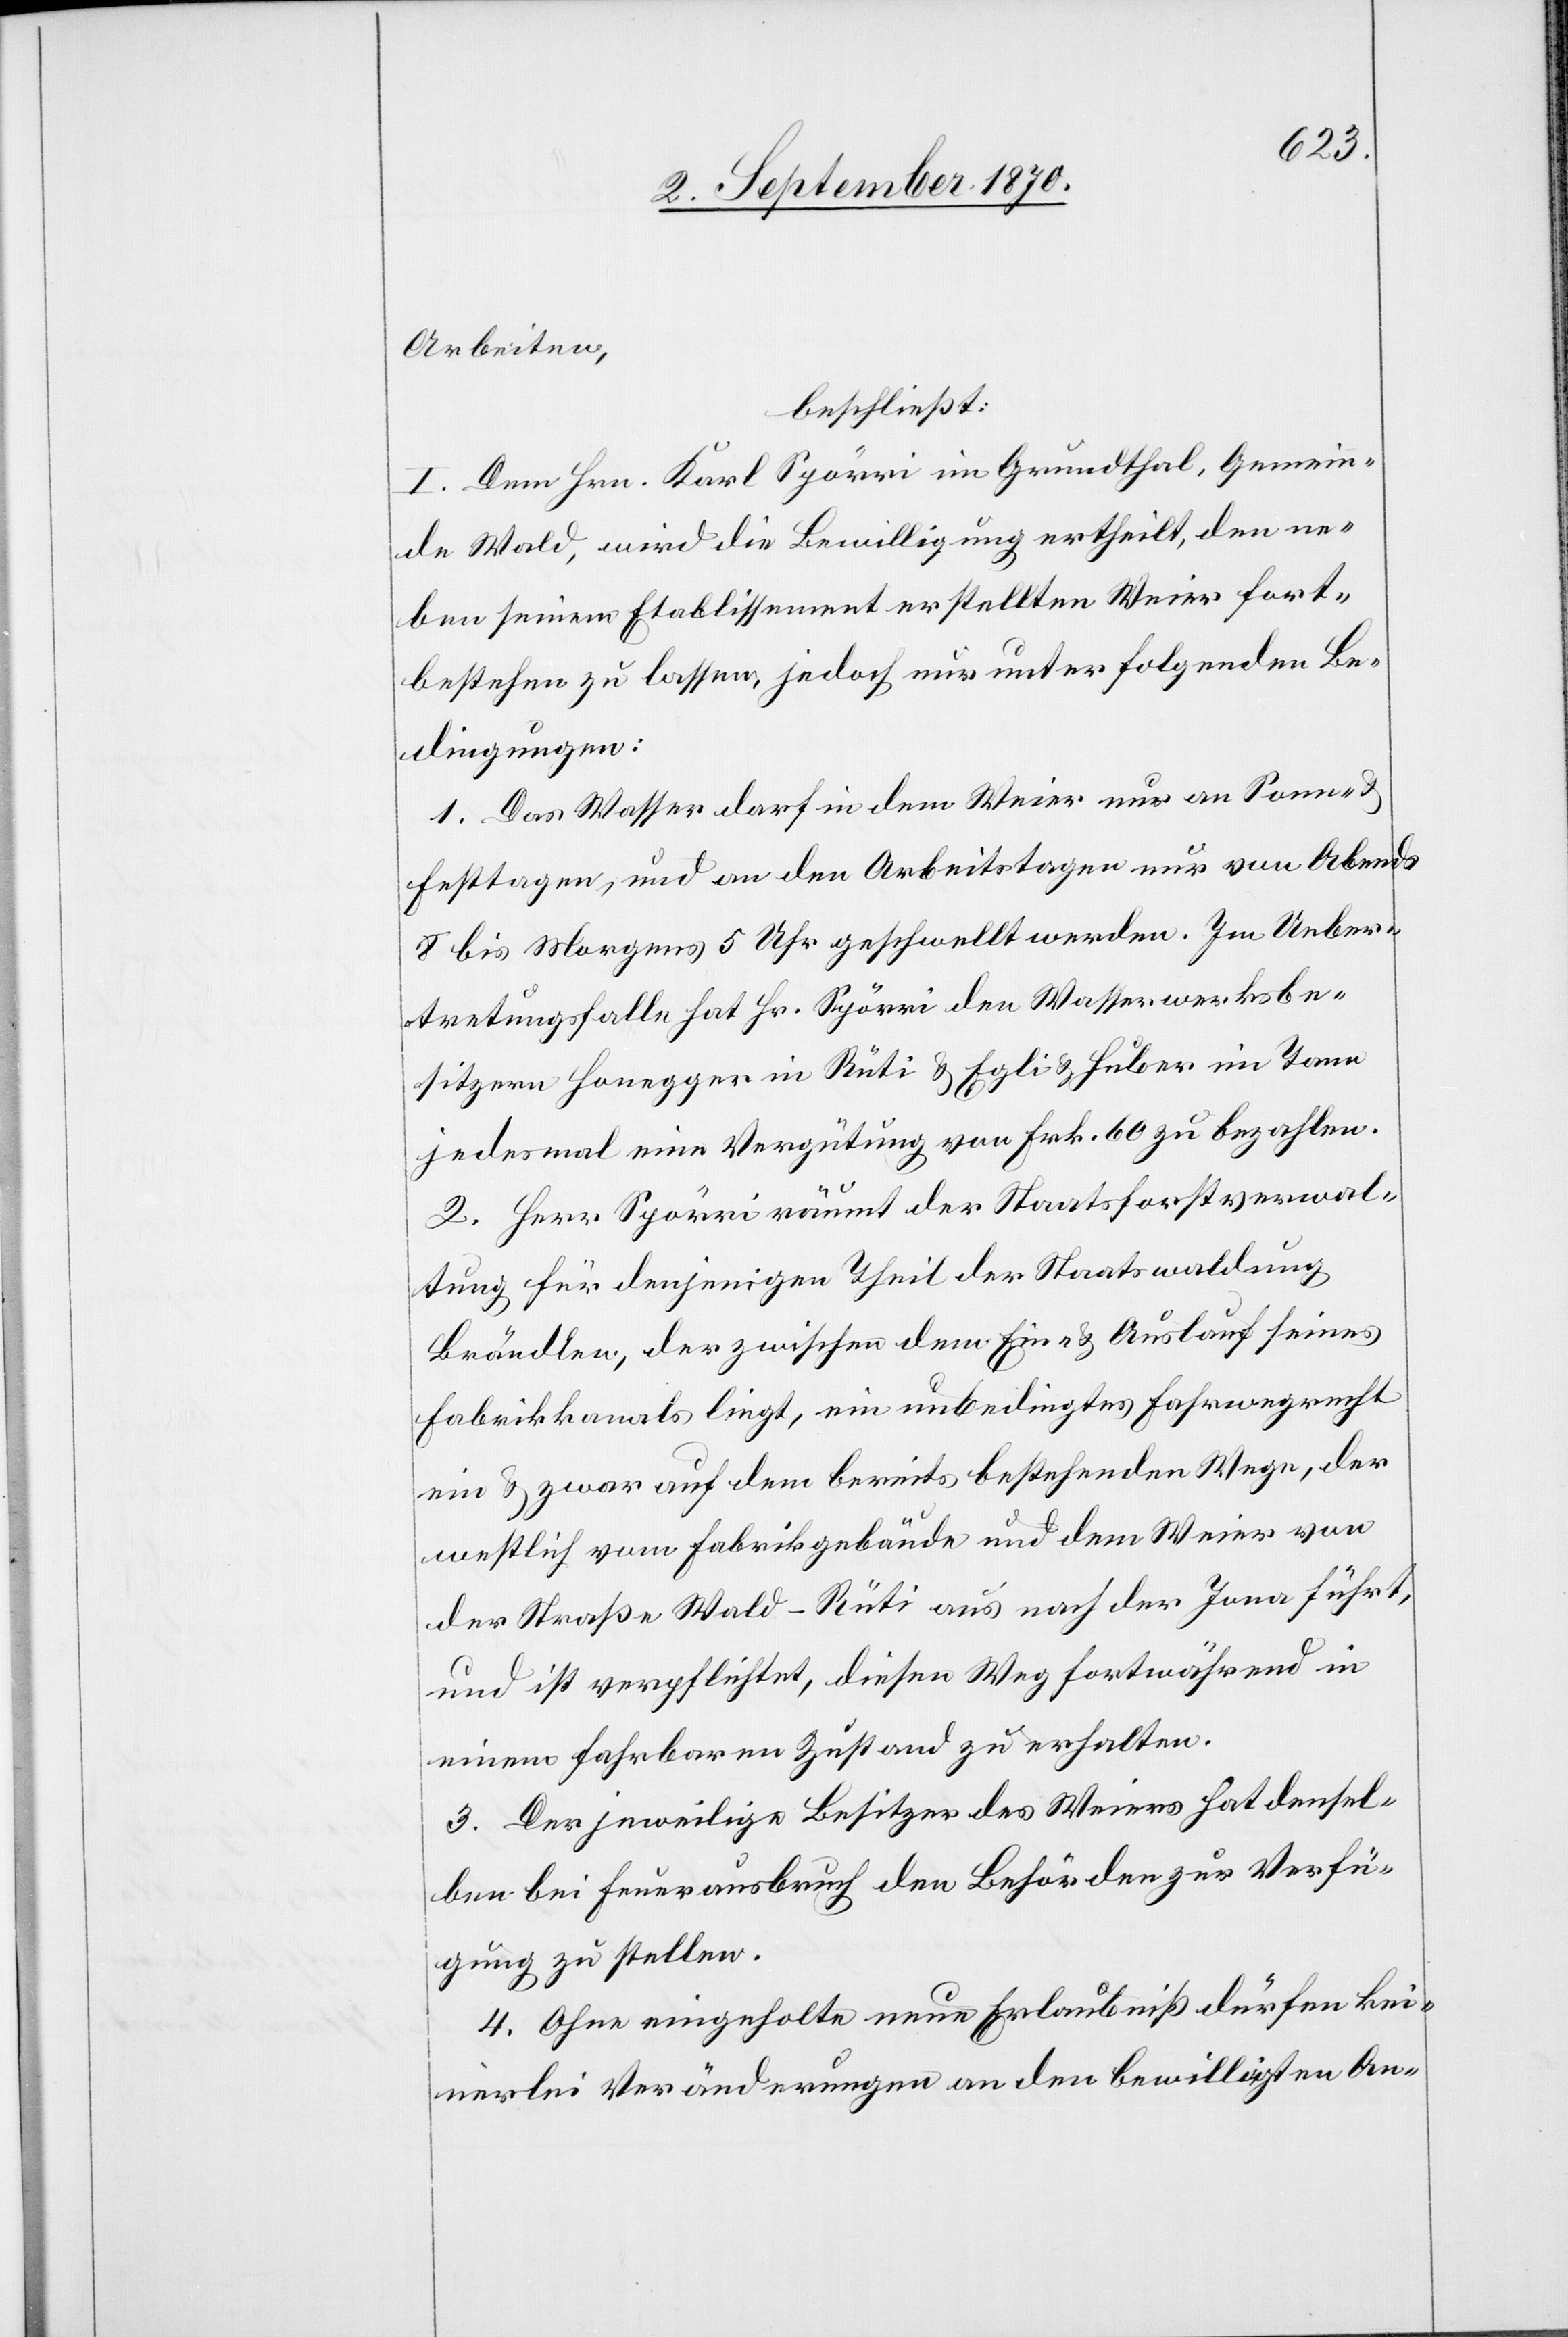
Arbeiten,
beschließt:
I. Dem Hrn. Karl Spörri im Grundthal, Gemein¬
de Wald, wird die Bewilligung ertheilt, den ne¬
ben seinem Etablissement erstellten Weier fort¬
bestehen zu lassen, jedoch nur unter folgenden Be¬
dingungen:
1. Das Wasser darf dem Weier nur an Sonn- &
Festtagen, und an den Arbeitstagen nur von Abends
8 bis Morgens 5 Uhr geschwellt werden. Im Ueber¬
tretungsfalle hat Hr. Spörri den Wasserwerksbe¬
sitzern Honegger in Rüti & Egli & Huber im Tann
jedesmal eine Vergütung von Frk. 60 zu bezahlen.
2. Herr Spörri räumt der Staatsforstverwal¬
tung für denjenigen Theil der Staatswaldung
Brändlen, der zwischen dem Ein- & Auslauf seines
Fabrikkanals liegt, ein unbedingtes Fahrwegrecht
ein & zwar auf dem bereits bestehenden Wege, der
westlich vom Fabrikgebäude und dem Weier von
der Straße Wald–Rüti aus nach der Jona führt,
und ist verpflichtet, diesen Weg fortwährend in
einem fahrbaren Zustand zu erhalten.
3. Der jeweilige Besitzer des Weiers hat densel¬
ben bei Feuerausbruch den Behörden zur Verfü¬
gung zu stellen.
4. Ohne eingeholte neue Erlaubniß dürfen kei¬
nerlei Veränderungen an den bewilligten An-